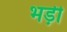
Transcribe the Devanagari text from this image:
भड़ी